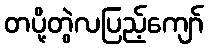
တပို့တွဲလပြည့်ကျော်